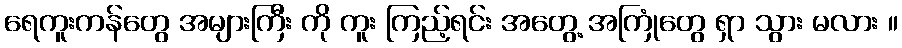
ရေကူးကန်တွေ အများကြီး ကို ကူး ကြည့်ရင်း အတွေ့ အကြုံတွေ ရှာ သွား မလား ။